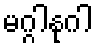
မဂ္ဂါနုဂါ